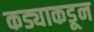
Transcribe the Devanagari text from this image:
कड्याकडून